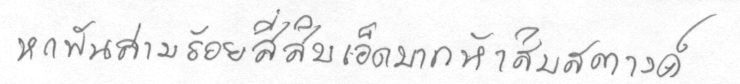
หกพันสามร้อยสี่สิบเอ็ดบาทห้าสิบสตางค์